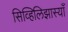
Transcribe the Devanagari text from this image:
सिव्हिलिझास्याँ